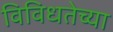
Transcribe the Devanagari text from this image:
विविधतेच्या